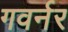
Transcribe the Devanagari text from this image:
गवर्नर